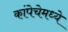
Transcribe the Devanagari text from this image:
कांपेचेमध्ये